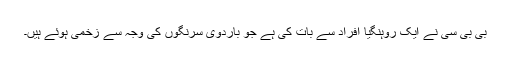
بی بی سی نے ایک روہنگیا افراد سے بات کی ہے جو باردوی سرنگوں کی وجہ سے زخمی ہوئے ہیں۔